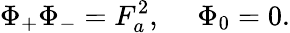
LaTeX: \Phi_{+}\Phi_{-}=F_{a}^{2},~~~~~\Phi_{0}=0.